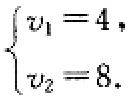
\(\begin{cases}

v_1 = 4, \\

v_2 = 8.

\end{cases}\)